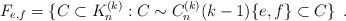
LaTeX: \begin{align*}F_{e,f} = \{ C \subset K_{n}^{(k)}: C \sim C_{n}^{(k)}(k-1) \{e,f\} \subset C\} \enspace .\end{align*}